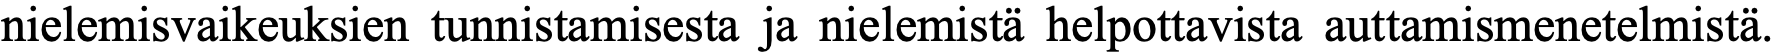
nielemisvaikeuksien tunnistamisesta ja nielemistä helpottavista auttamismenetelmistä.